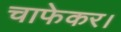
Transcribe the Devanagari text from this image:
चाफेकर।